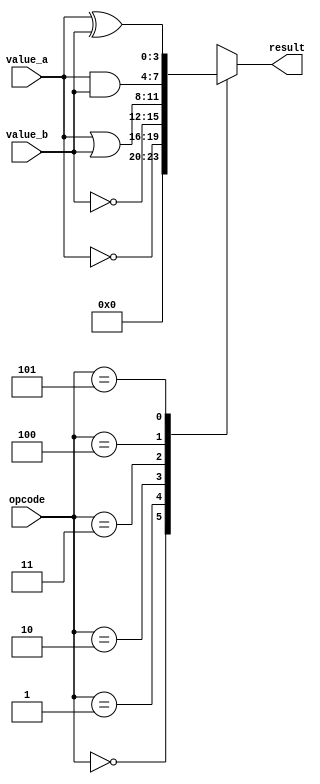
module ALU( 
	input wire [3:0] value_a,
	input wire [3:0] value_b, 
	input wire [3:0] opcode,
	output reg [3:0] result
);	
	//reg [3:0] operation;
	parameter	no_operation =4'b0000,
				NotA		 =4'b0001,
				NotB		 =4'b0010,
				AorB		 =4'b0011,
				AandB		 =4'b0100,
				AxorB		 =4'b0101
	;

	always@(*)begin 
			case (opcode)  
				no_operation: 	result = 4'b0000;
				NotA		:	result = ~value_a;
				NotB		:	result = ~value_b;	
				AorB		:	result = value_a | value_b;
				AandB		:	result = value_a & value_b;
				AxorB		:	result = value_a ^ value_b;
				default		:	result = 4'bxxxx;
			endcase 
	end
endmodule